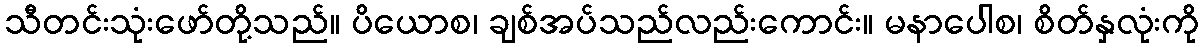
သီတင်းသုံးဖော်တို့သည်။ ပိယောစ၊ ချစ်အပ်သည်လည်းကောင်း။ မနာပေါစ၊ စိတ်နှလုံးကို